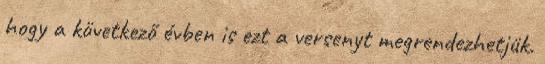
hogy a következő évben is ezt a versenyt megrendezhetjük.